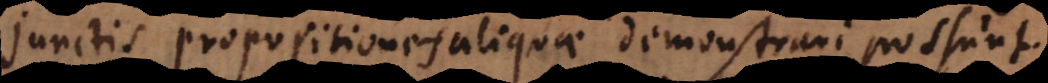
junctis propositiones aliquae demonstrari possunt.